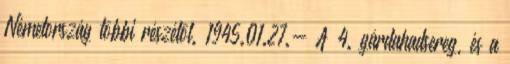
Németország többi részétõl. 1945.01.27.- A 4. gárdahadsereg, és a